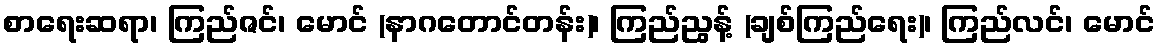
စာရေးဆရာ၊ ကြည်ဇင်၊ မောင် (နာဂတောင်တန်း)၊ ကြည်ညွန့် (ချစ်ကြည်ရေး)၊ ကြည်လင်၊ မောင်